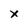
Character: x